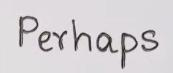
Perhapes